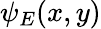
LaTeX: \psi_{E}(x,y)